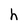
Character: h